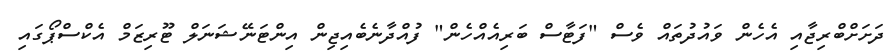
ދަށަށްބްރިޖާއި އެހެން ވައުދުތައް ވެސް "ފަޓާސް ބަރިއެއްހެން" ފުއްދާނެބެއިޖިން އިންޓަނޭޝަނަލް ޓޫރިޒަމް އެކްސްޕޯގައި